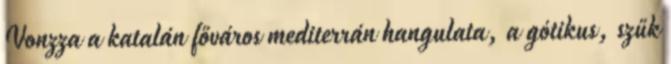
Vonzza a katalán főváros mediterrán hangulata, a gótikus, szűk